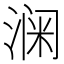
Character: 𮳎